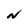
Character: N